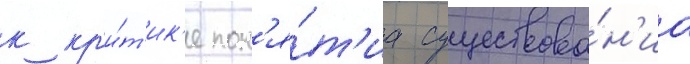
к кр'и́т'ик'е пон'я́т'иа существова́н'иа